Lunatic asylums Madras 1877-1891 - 1877-1891
Year: 1877
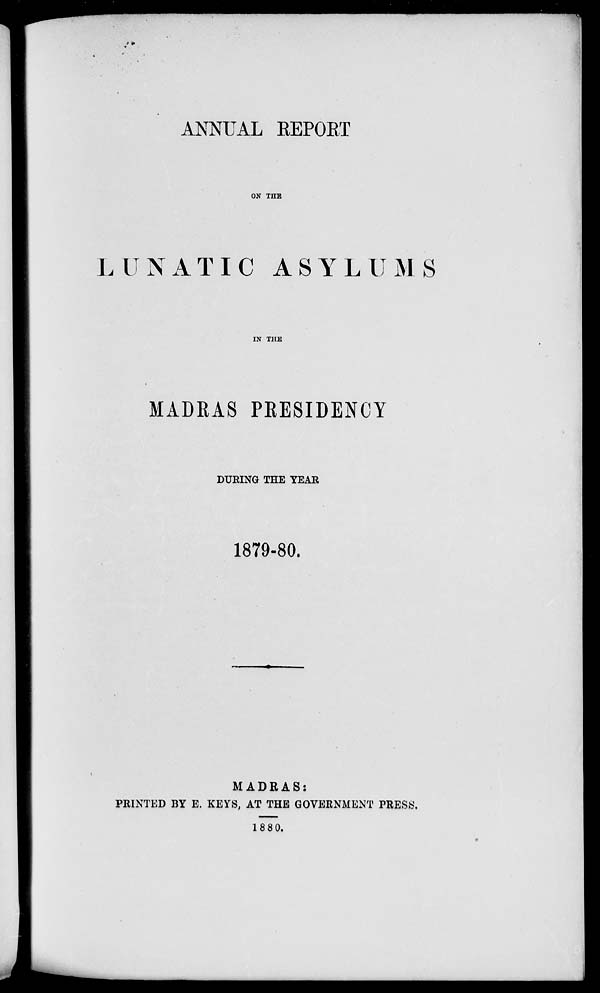
ANNUAL REPORT
ON THE
LUNATIC ASYLUMS
IN THE
MADRAS PRESIDENCY
DURING THE YEAR
1879-80.
MADRAS:
PRINTED BY E. KEYS, AT THE GOVERNMENT PRESS.
1880.